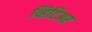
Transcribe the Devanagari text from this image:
व्हिटिअर